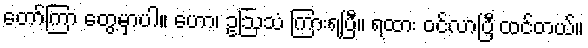
တော်ကြာ တွေ့မှာပါ။ ဟော၊ ဥဩသံ ကြားရပြီ။ ရထား ဝင်လာပြီ ထင်တယ်။